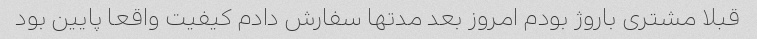
قبلا مشتری باروژ بودم امروز بعد مدتها سفارش دادم کیفیت واقعا پایین بود